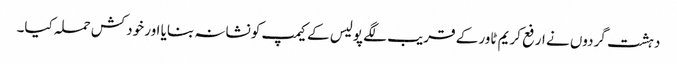
دہشت گردوں نے ارفع کریم ٹاور کے قریب لگے پولیس کے کیمپ کو نشانہ بنایا اور خودکش حملہ کیا۔